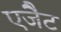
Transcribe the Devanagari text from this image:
एजैेट